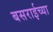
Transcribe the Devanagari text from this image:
बसराईच्या